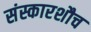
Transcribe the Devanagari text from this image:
संस्कारशौच